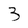
Character: 3